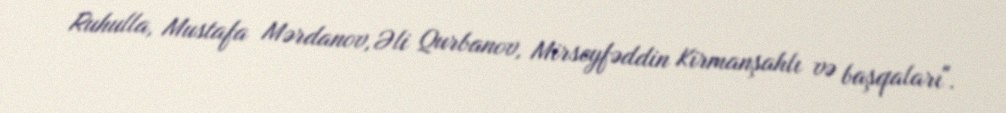
Ruhulla, Mustafa Mərdanov, Əli Qurbanov, Mirseyfəddin Kirmanşahlı və başqaları".